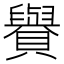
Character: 𧸧